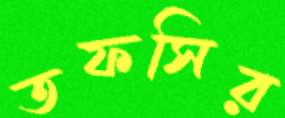
তফসির